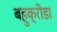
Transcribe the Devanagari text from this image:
बहुक्रीडा